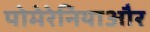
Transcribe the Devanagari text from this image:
पोमेरेनियाऔर